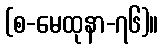
(စ-မေထုနာ-၇၆)။